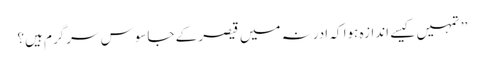
’’تمہیں کیسے اندازہ ہوا کہ ادرنہ میں قیصر کے جاسوس سرگرم ہیں؟